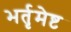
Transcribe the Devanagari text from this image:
भर्तृमेष्ट